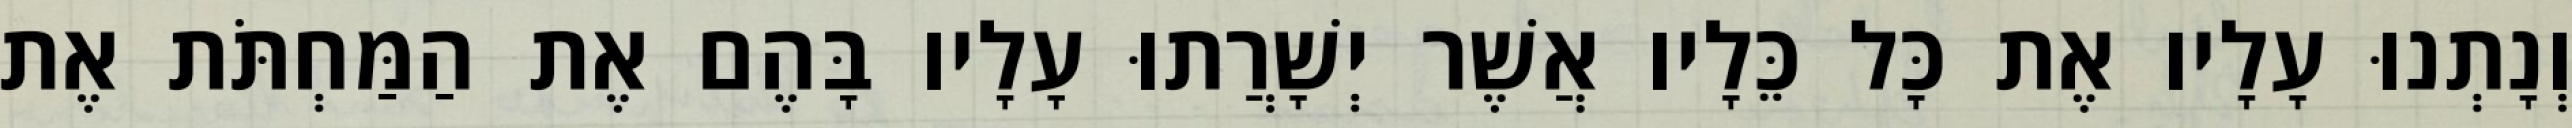
וְנָתְנוּ עָלָיו אֶת כָּל כֵּלָיו אֲשֶׁר יְשָׁרֲתוּ עָלָיו בָּהֶם אֶת הַמַּחְתֹּת אֶת